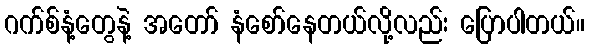
ဂက်စ်နံ့တွေနဲ့ အတော် နံစော်နေတယ်လို့လည်း ပြောပါတယ်။